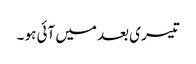
تیسری بعد میں آئی ہو ۔